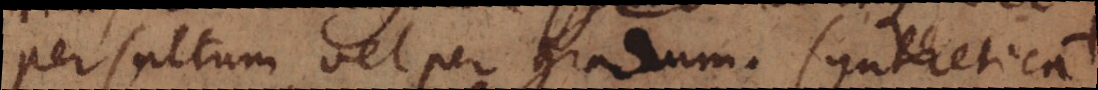
per saltum vel per gradum. Synthetica